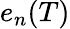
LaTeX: e_{n}(T)